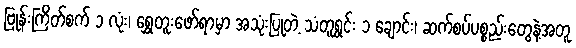
ဗြုန်းကြိတ်စက် ၁ လုံး၊ ရွှေတူးဖော်ရာမှာ အသုံးပြုတဲ့ သံတူရွင်း ၁ ချောင်း၊ ဆက်စပ်ပစ္စည်းတွေနဲ့အတူ